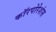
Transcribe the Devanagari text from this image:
कॉरपोरेशंस